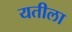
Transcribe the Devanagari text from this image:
यतीला